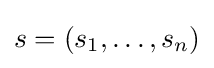
\textstyle s=(s_{1},\dots ,s_{n})